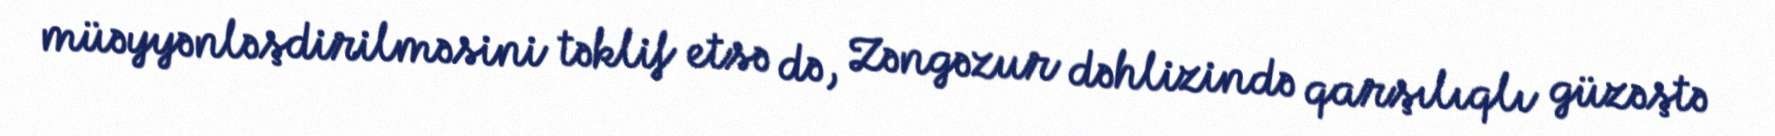
müəyyənləşdirilməsini təklif etsə də, Zəngəzur dəhlizində qarşılıqlı güzəştə